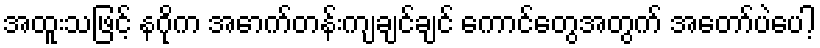
အထူးသဖြင့် နဂိုက အောက်တန်းကျချင်ချင် ကောင်တွေအတွက် အတော်ပဲပေါ့